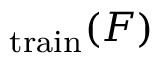
_ \mathrm { t r a i n } ( F )